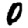
Digit: 0